Leprosy in India: report of the Leprosy Commission in India, 1890-91
Year: 1890
Disease focus: Leprosy
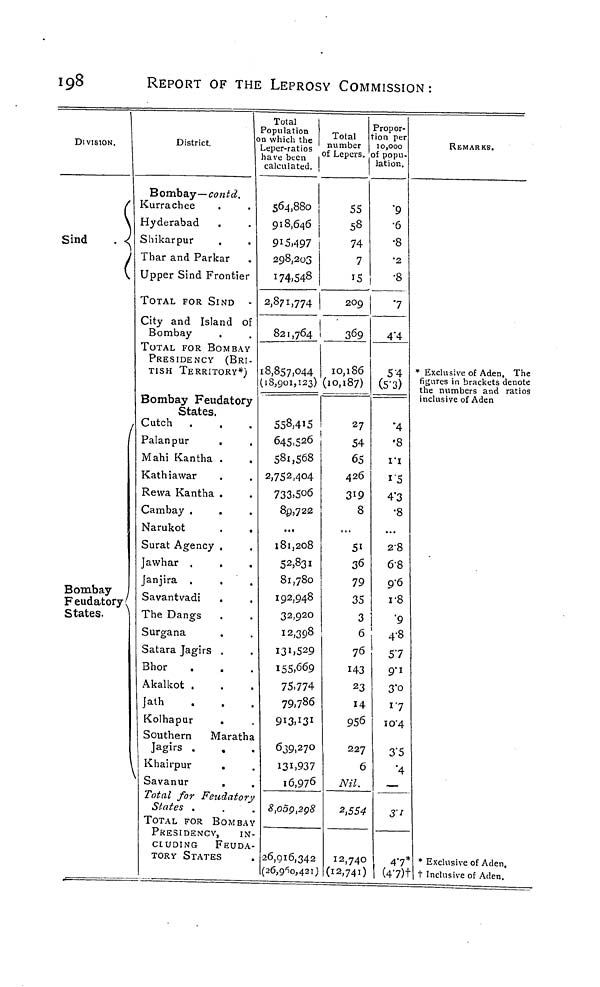
198
REPORT OF THE LEPROSY COMMISSION:
DIVISION.
(
\
Sind
. -I
Bombay
Feudatory I
States.
Total
1 Population
ni^trirt
°° which the
n
District.
Leper-ratios "
have been i ot
calculated. |
Bombay—contd.
Kurrachee
.
.
564,880
Hyderabad
.
. 918,646
Shikarpur
.
.
9*5)497 |
Thar and Parkar .
298,203
Upper Sind Frontier
174,548
TOTAL FOR SIND • 2,871,774
City and Island of
1
Bombay
.
.
821,764 1
TOTAL FOR BOMBAY
PRESIDENCY (BRI-
TISH TERRITORY*) 18,857,044
(18,901,123) (1
Bombay Feudatory
Cfofpc
0 caics.
Cutch .
.
.
558,415
1
|
Palanpur
.
.
645,526 j
Mahi Kantha .
.
581,568
Kathiawar
.
. 2,752,404
Rewa Kantha .
.
733>5°6
Cambay .
.
.
85,722
Narukot
.
. 1 •••
Surat Agency .
.
181,208
Jawhar .
.
.
52,831
Janjira .
.
.
81,780
Savantvadi
.
.
I9 2 .94 8
The Dangs .
.
32,9 20
Surgana
.
.
12,398
Satara Jagirs .
.
l3hS 2 9
Bhor
.
.
.
155.669
Akalkot .
.
.
75.774
Jath
.
.
.
79,786
Kolhapur
.
.
9^3^3 l
Southern
Maratha
Jagirs .
.
. 639,270
Khairpur
.
.
131,937
Savanur
.
.
i6,97 6
Total for Feudatory
States .
.
. 8,oog,2g8
TOTAL FOR BOMBAY
PKESIDENCY,
IN-
CLUDING
FEUDA-
TORY STATES
. 26,916,342
|(26,9 f io,42i)
Pr
Cotal tio
imber 10
Lepers, of
la
55
58
74
7
J 5
209
369
10,186
0,187)
27
54
65
426
3 r 9
8
...
5i
36
79
35
3 i
6 i
76
143
23
14
956
227
6
Nil.
2,554
12,740
(12,741)
opor-
n rer
,000
30pU-
tion.
"9
•6
•8
• 2 i
•8
7
4*4
5'4 *
[5-3)
•4
'8
i'i
i'5
4'3
•8
...
28
6-8
9-6
i-8
"9
4-8
57
9-1
3"o
i"7
io"4
3'5
•4
—
31
47*
(47)t
REMARKS.
Exclusive of Aden, The
figures in brackets denote
:he numbers and ratios
nclusive of Aden
* Exclusive of Aden,
t Inclusive of Aden.